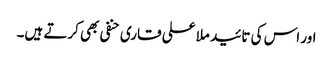
اور اس کی تائید ملا علی قاری حنفی بھی کرتے ہیں۔